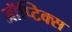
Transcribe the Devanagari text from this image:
ऑप्टिक्‍स